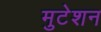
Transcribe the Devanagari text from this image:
मुटेशन